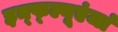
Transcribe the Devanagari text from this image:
इन्फ्ल्यूएंजां